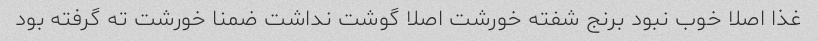
غذا اصلا خوب نبود برنج شفته خورشت اصلا گوشت نداشت ضمنا خورشت ته گرفته بود